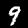
Label: 9